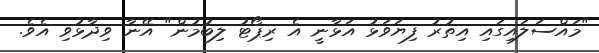
"މައްސަލައިގައި އިތުރު ފިޔަވަޅު އަޅާނީ އެ ރިޕޯޓު ލިބުމުން" އޭނާ ވިދާޅުވި އެވެ.